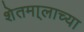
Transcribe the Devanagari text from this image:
शेतमा्लाच्या